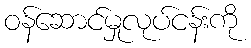
ဝန်ဆောင်မှုလုပ်ငန်းကို